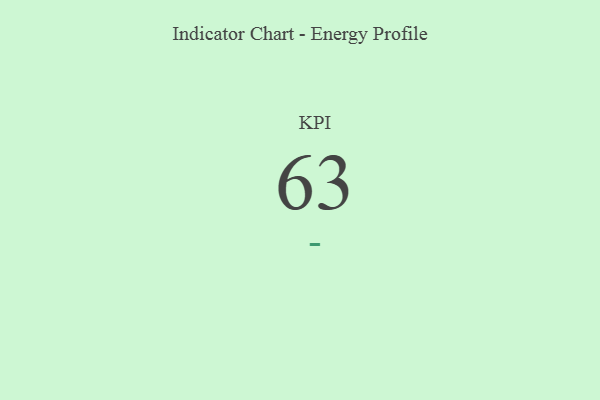
{"axis": {"x": "KPI", "y": "Value"}, "legend": [""], "data": [{"x": "KPI", "y": 63, "type": ""}]}